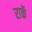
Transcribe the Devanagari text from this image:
राकॅ